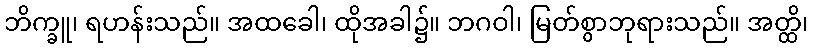
ဘိက္ခူ၊ ရဟန်းသည်။ အထခေါ၊ ထိုအခါ၌။ ဘဂဝါ၊ မြတ်စွာဘုရားသည်။ အတ္ထိ၊